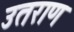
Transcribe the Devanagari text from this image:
उतराण